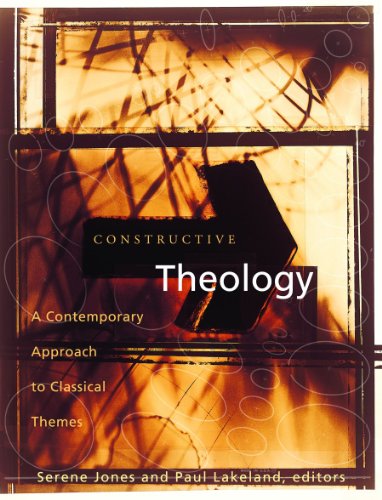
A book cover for Constructive Theology: A Contemporary Approach to Classic Themes: A Project of The Workgroup On Constructive Christian Theology; Serene Jones; Christian Books & Bibles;